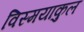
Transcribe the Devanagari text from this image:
विस्मयाकुल